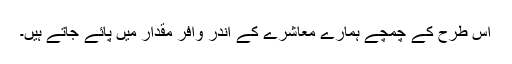
اس طرح کے چمچے ہمارے معاشرے کے اندر وافر مقدار میں پائے جاتے ہیں۔